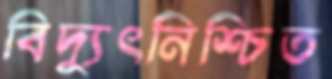
বিদ্যুৎনিশ্চিত